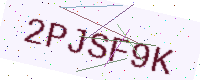
Text: 2PJSF9K